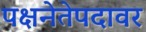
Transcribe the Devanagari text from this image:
पक्षनेतेपदावर